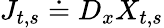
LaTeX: J_{t,s}\doteq D_{x}X_{t,s}